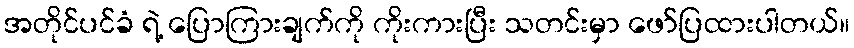
အတိုင်ပင်ခံ ရဲ့ ပြောကြားချက်ကို ကိုးကားပြီး သတင်းမှာ ဖော်ပြထားပါတယ်။